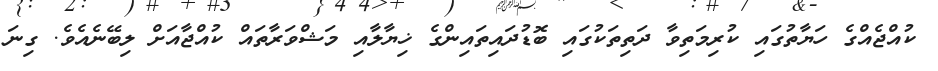
ކުއްޖެއްގެ ހަޔާތުގައި ކުރިމަތިިވާ ދަތިތަކުގައި ބޮޑުދައިތައިންގެ ޚިޔާލާއި މަޝްވަރާތައް ކުއްޖާއަށް ލިބޭނެއެވެ. ގިނަ